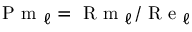
\textrm { P m } _ { \ell } = \textrm { R m } _ { \ell } / \textrm { R e } _ { \ell }